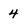
Character: 4